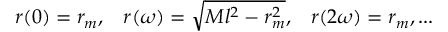
r ( 0 ) = r _ { m } , \; \; \; r ( \omega ) = \sqrt { M l ^ { 2 } - r _ { m } ^ { 2 } } , \; \; \; r ( 2 \omega ) = r _ { m } , . . .